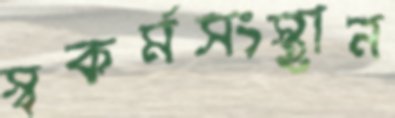
স্বকর্মসংস্থান